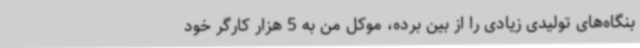
بنگاه‌های تولیدی زیادی را از بین برده، موکل من به 5 هزار کارگر خود